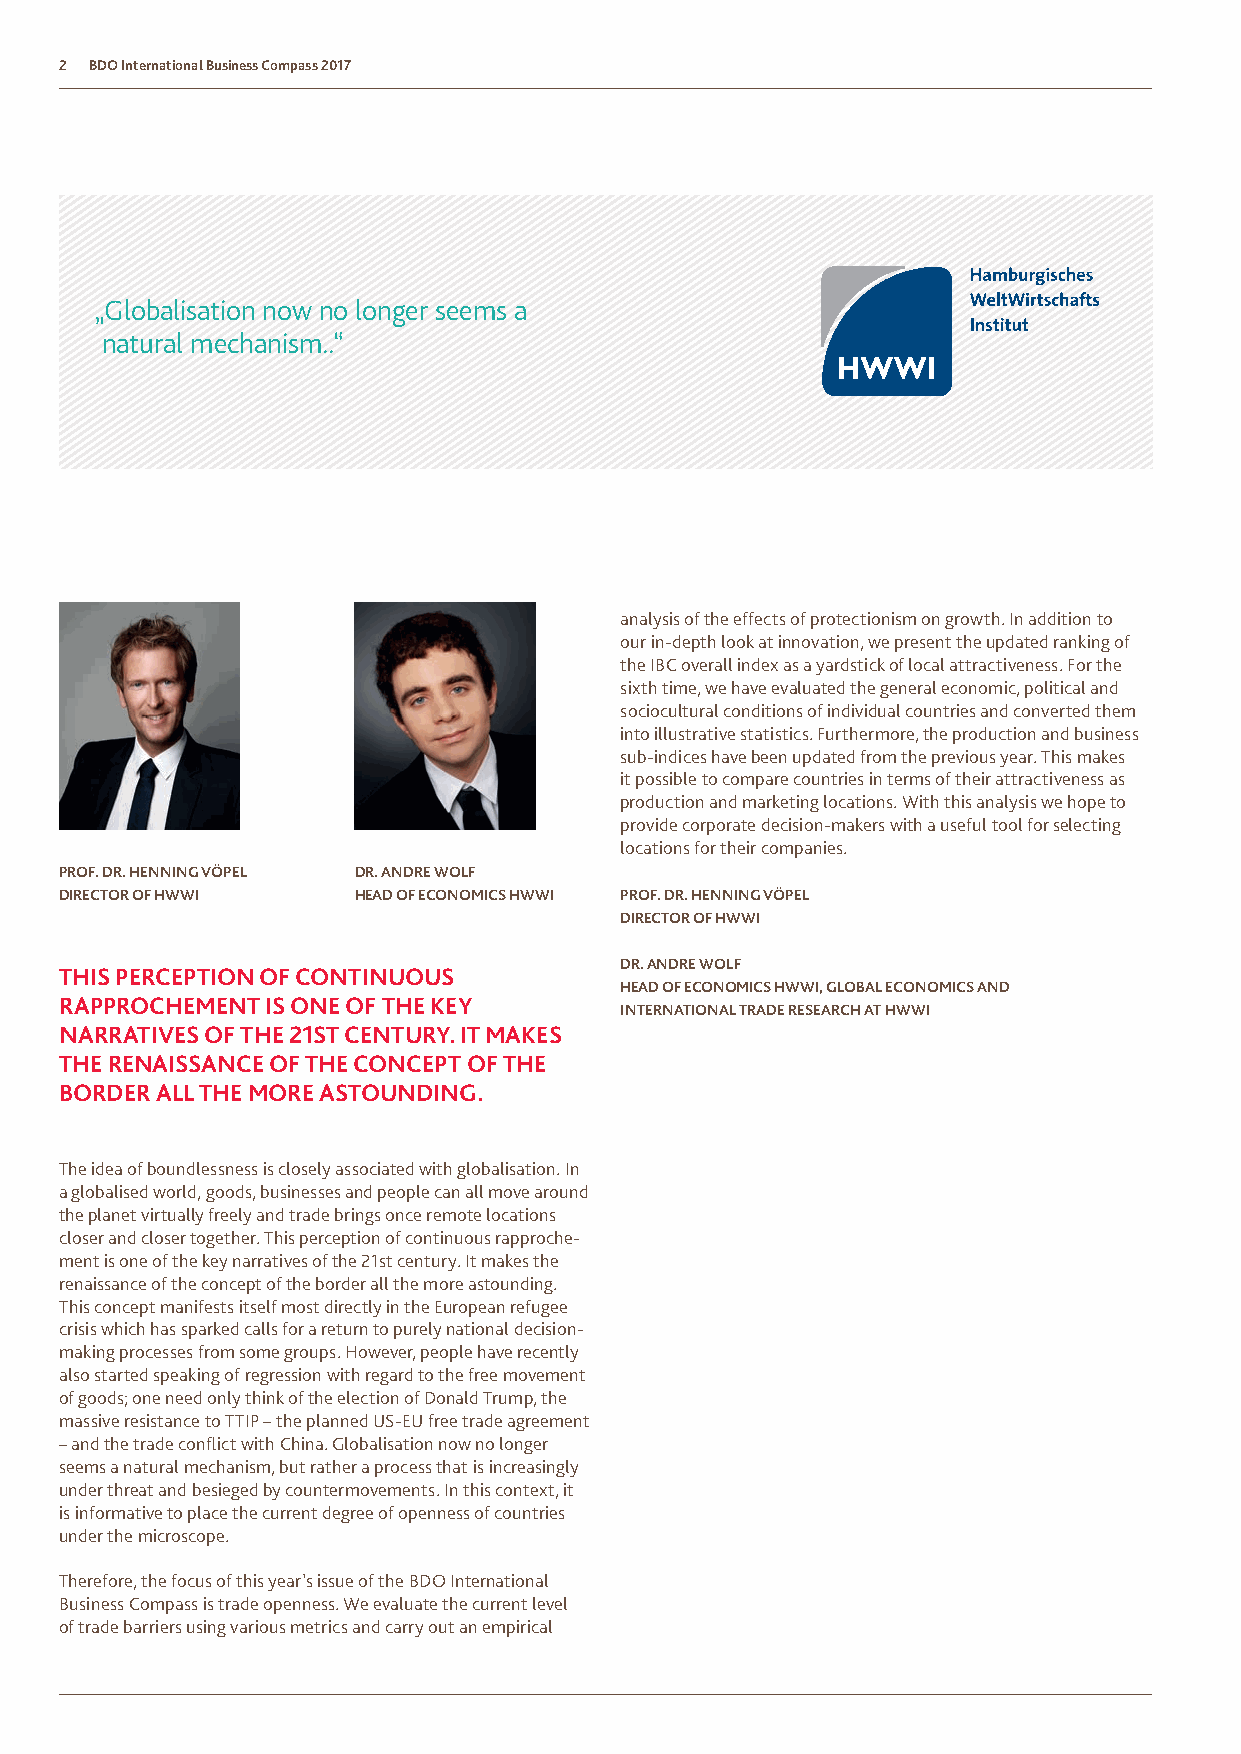
2 BDO International Business Compass 2017
 „Globalisation now no longer seems a
 natural mechanism..“
 analysis of the effects of protectionism on growth. In addition to
 our in-depth look at innovation, we present the updated ranking of
 the IBC overall index as a yardstick of local attractiveness. For the
 sixth time, we have evaluated the general economic, political and
 sociocultural conditions of individual countries and converted them
 into illustrative statistics. Furthermore, the production and business
 sub-indices have been updated from the previous year. This makes
 it possible to compare countries in terms of their attractiveness as
 production and marketing locations. With this analysis we hope to
 provide corporate decision-makers with a useful tool for selecting
 locations for their companies.
 PROF. DR. HENNING VÖPEL DR. ANDRE WOLF
 DIRECTOR OF HWWI   HEAD OF ECONOMICS HWWI PROF. DR. HENNING VÖPEL
 DIRECTOR OF HWWI
 DR. ANDRE WOLF
 THIS PERCEPTION OF CONTINUOUS
 HEAD OF ECONOMICS HWWI, GLOBAL ECONOMICS AND
 RAPPROCHEMENT IS ONE OF THE KEY
 INTERNATIONAL TRADE RESEARCH AT HWWI
 NARRATIVES OF THE 21ST CENTURY. IT MAKES
 THE RENAISSANCE OF THE CONCEPT OF THE
 BORDER ALL THE MORE ASTOUNDING.
 The idea of boundlessness is closely associated with globalisation. In
 a globalised world, goods, businesses and people can all move around
 the planet virtually freely and trade brings once remote locations
 closer and closer together. This perception of continuous rapproche-
 ment is one of the key narratives of the 21st century. It makes the
 renaissance of the concept of the border all the more astounding.
 This concept manifests itself most directly in the European refugee
 crisis which has sparked calls for a return to purely national decision-
 making processes from some groups. However, people have recently
 also started speaking of regression with regard to the free movement
 of goods; one need only think of the election of Donald Trump, the
 massive resistance to TTIP – the planned US-EU free trade agreement
 – and the trade conflict with China. Globalisation now no longer
 seems a natural mechanism, but rather a process that is increasingly
 under threat and besieged by countermovements. In this context, it
 is informative to place the current degree of openness of countries
 under the microscope.
 Therefore, the focus of this year’s issue of the BDO International
 Business Compass is trade openness. We evaluate the current level
 of trade barriers using various metrics and carry out an empirical